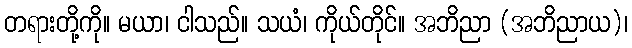
တရားတို့ကို။ မယာ၊ ငါသည်။ သယံ၊ ကိုယ်တိုင်။ အဘိညာ (အဘိညာယ)၊